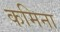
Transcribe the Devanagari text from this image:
कमिना